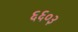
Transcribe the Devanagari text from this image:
६६०३